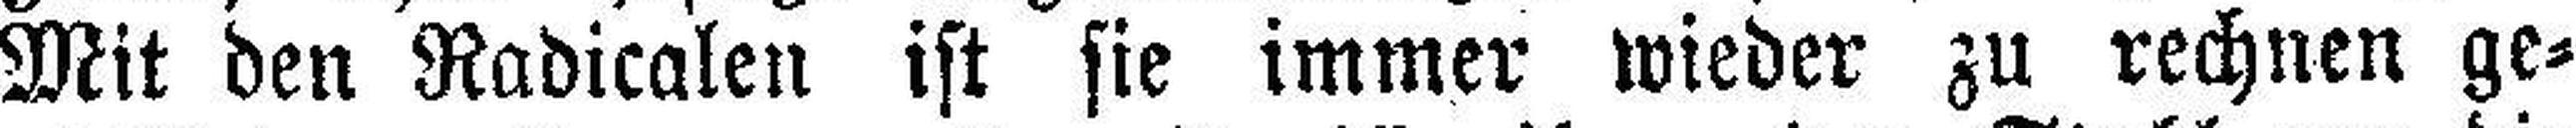
Mit den Radicalen ist sie immer wieder zu rechnen ge¬